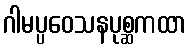
ဂါမပ္ပဝေသနပုစ္ဆကထာ